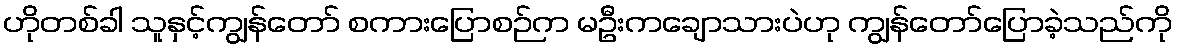
ဟိုတစ်ခါ သူနှင့်ကျွန်တော် စကားပြောစဉ်က မဦးကချောသားပဲဟု ကျွန်တော်ပြောခဲ့သည်ကို